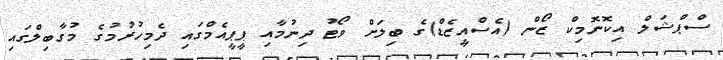
ސްޕްޝަލް އިކޮނޮމިކް ޒޯން (އެސްއީޒެޑް)ގެ ބިލަށް ވޯޓު ދިނުމާއި ޕީޕީއެމްގައި ދެމިހުރުމުގެ މުގާބިލްގައި